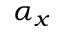
\alpha _ { x }